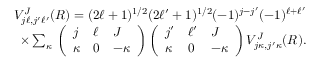
\begin{array} { r } { V _ { j \ell , j ^ { \prime } \ell ^ { \prime } } ^ { J } ( R ) = ( 2 \ell + 1 ) ^ { 1 / 2 } ( 2 \ell ^ { \prime } + 1 ) ^ { 1 / 2 } ( - 1 ) ^ { j - j ^ { \prime } } ( - 1 ) ^ { \ell + \ell ^ { \prime } } } \\ { \times \sum _ { \kappa } { } \left( \begin{array} { l l l } { j } & { \ell } & { J } \\ { \kappa } & { 0 } & { - \kappa } \end{array} \right) \left( \begin{array} { l l l } { j ^ { \prime } } & { \ell ^ { \prime } } & { J } \\ { \kappa } & { 0 } & { - \kappa } \end{array} \right) V _ { j \kappa , j ^ { \prime } \kappa } ^ { J } ( R ) . } \end{array}